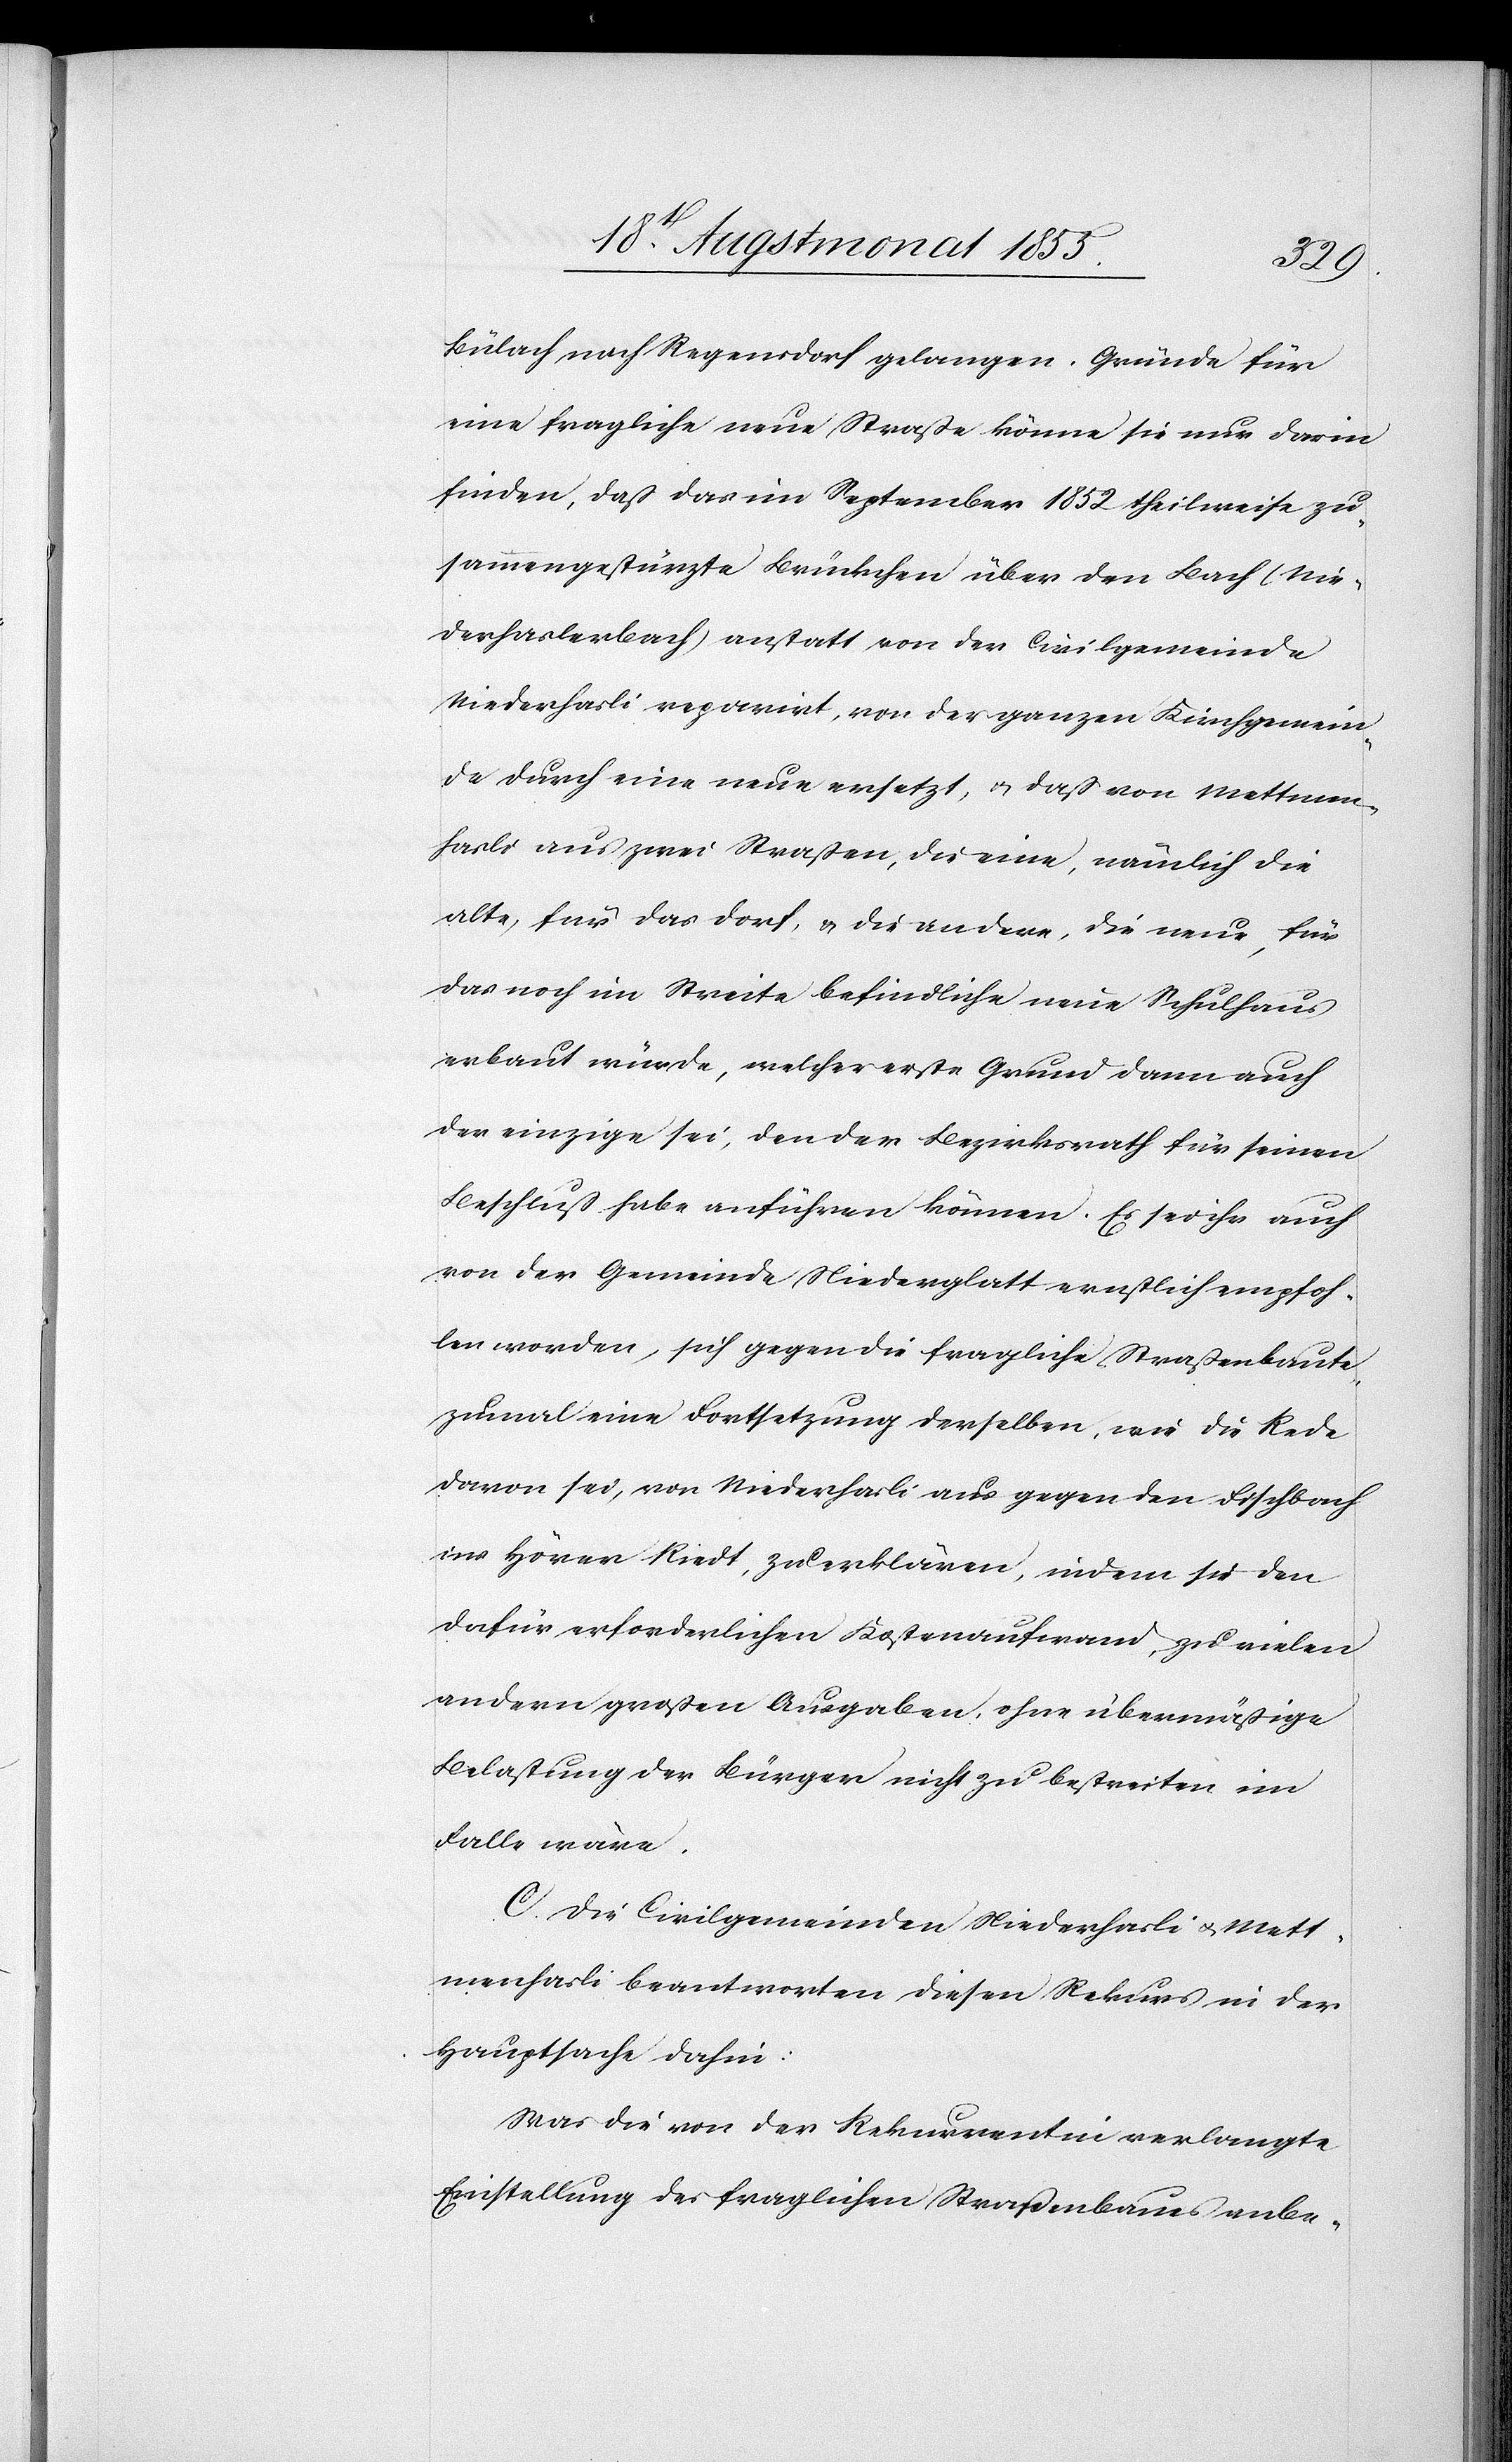
Bülach nach Regensdorf gelangen. Gründe für
eine fragliche neue Straße könne sie nur darin
finden, daß das im September 1852 theilweise zu¬
sammengestürzte Brückchen über den Bach (Nie¬
derhaslerbach) anstatt von der Civilgemeinde
Niederhasli reparirt, von der ganzen Kirchgemein¬
de durch eine neue ersetzt, & daß von Mettmen¬
hasli aus zwei Straßen, die eine, nämlich die
alte, für das Dorf, & die andere, die neue, für
das noch im Streite befindliche neue Schulhaus
erbaut würde, welcher erste Grund dann auch
der einzige sei, den der Bezirksrath für seinen
Beschluß habe anführen können. Es sei ihr auch
von der Gemeinde Niederglatt ernstlich empfoh¬
len worden, sich gegen die fragliche Straßenbaute,
zumal eine Fortsetzung derselben, wie die Rede
davon sei, von Niederhasli aus gegen den Fischbach
ins Hörer Riedt, zu erklären, indem sie den
dafür erforderlichen Kostenaufwand, zu vielen
andern großen Ausgaben, ohne übermäßige
Belastung der Bürger nicht zu bestreiten im
Falle wäre.
C. Die Civilgemeinden Niederhasli & Mett¬
menhasli beantworten diesen Rekurs in der
Hauptsache dahin:
Was die von der Rekurrentin verlangte
Einstellung des fraglichen Straßenbaues anbe-